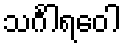
သင်္ဂါရဝေါ